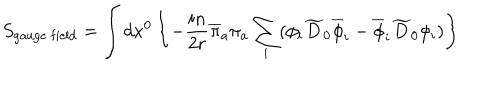
LaTeX: S _ { \mathrm { g a u g e ~ f i e l d } } = \int d x ^ { 0 } \left\{ - { \frac { i n } { 2 r } } \overline { { { \pi } } } _ { a } \pi _ { a } \sum _ { i } ( \phi _ { i } \widetilde { D } _ { 0 } \overline { { { \phi } } } _ { i } - \overline { { { \phi } } } _ { i } \widetilde { D } _ { 0 } \phi _ { i } ) \right\}